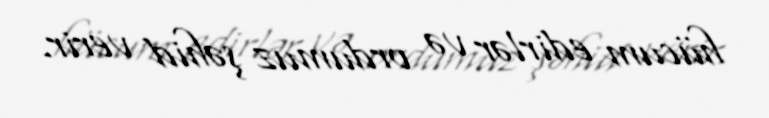
hücum edirlər və ordumuz şəhid verir.